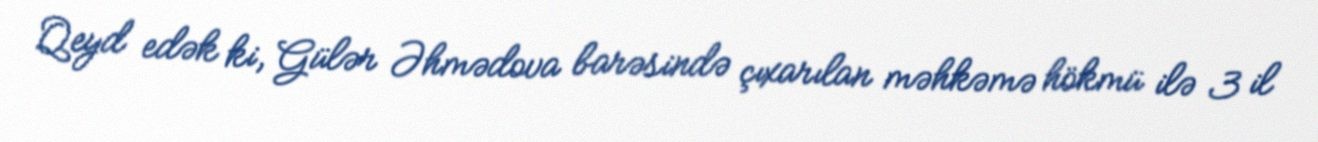
Qeyd edək ki, Gülər Əhmədova barəsində çıxarılan məhkəmə hökmü ilə 3 il